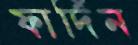
ফার্দিন